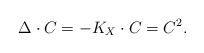
\begin{align*}\Delta \cdot C = -K_X \cdot C = C^2. \end{align*}